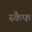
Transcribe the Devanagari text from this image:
स्कैफ